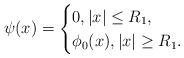
LaTeX: \begin{align*} \psi(x)=\begin{cases} 0, |x| \leq R_1, \\ \phi_0(x), |x| \geq R_1. \end{cases}\end{align*}